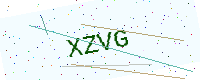
Text: XZVG